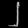
Digit: ၂